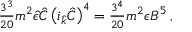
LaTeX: { \textstyle \frac { 3 ^ { 3 } } { 2 0 } } m ^ { 2 } \hat { \epsilon } \hat { C } \left( i _ { \hat { k } } \hat { C } \right) ^ { 4 } = { \textstyle \frac { 3 ^ { 4 } } { 2 0 } } m ^ { 2 } \epsilon B ^ { 5 } \, ,